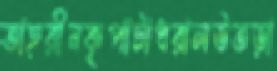
তাহরীনকৃপাটাধরালউতড়া